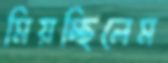
মিয়চ্ছিলেম